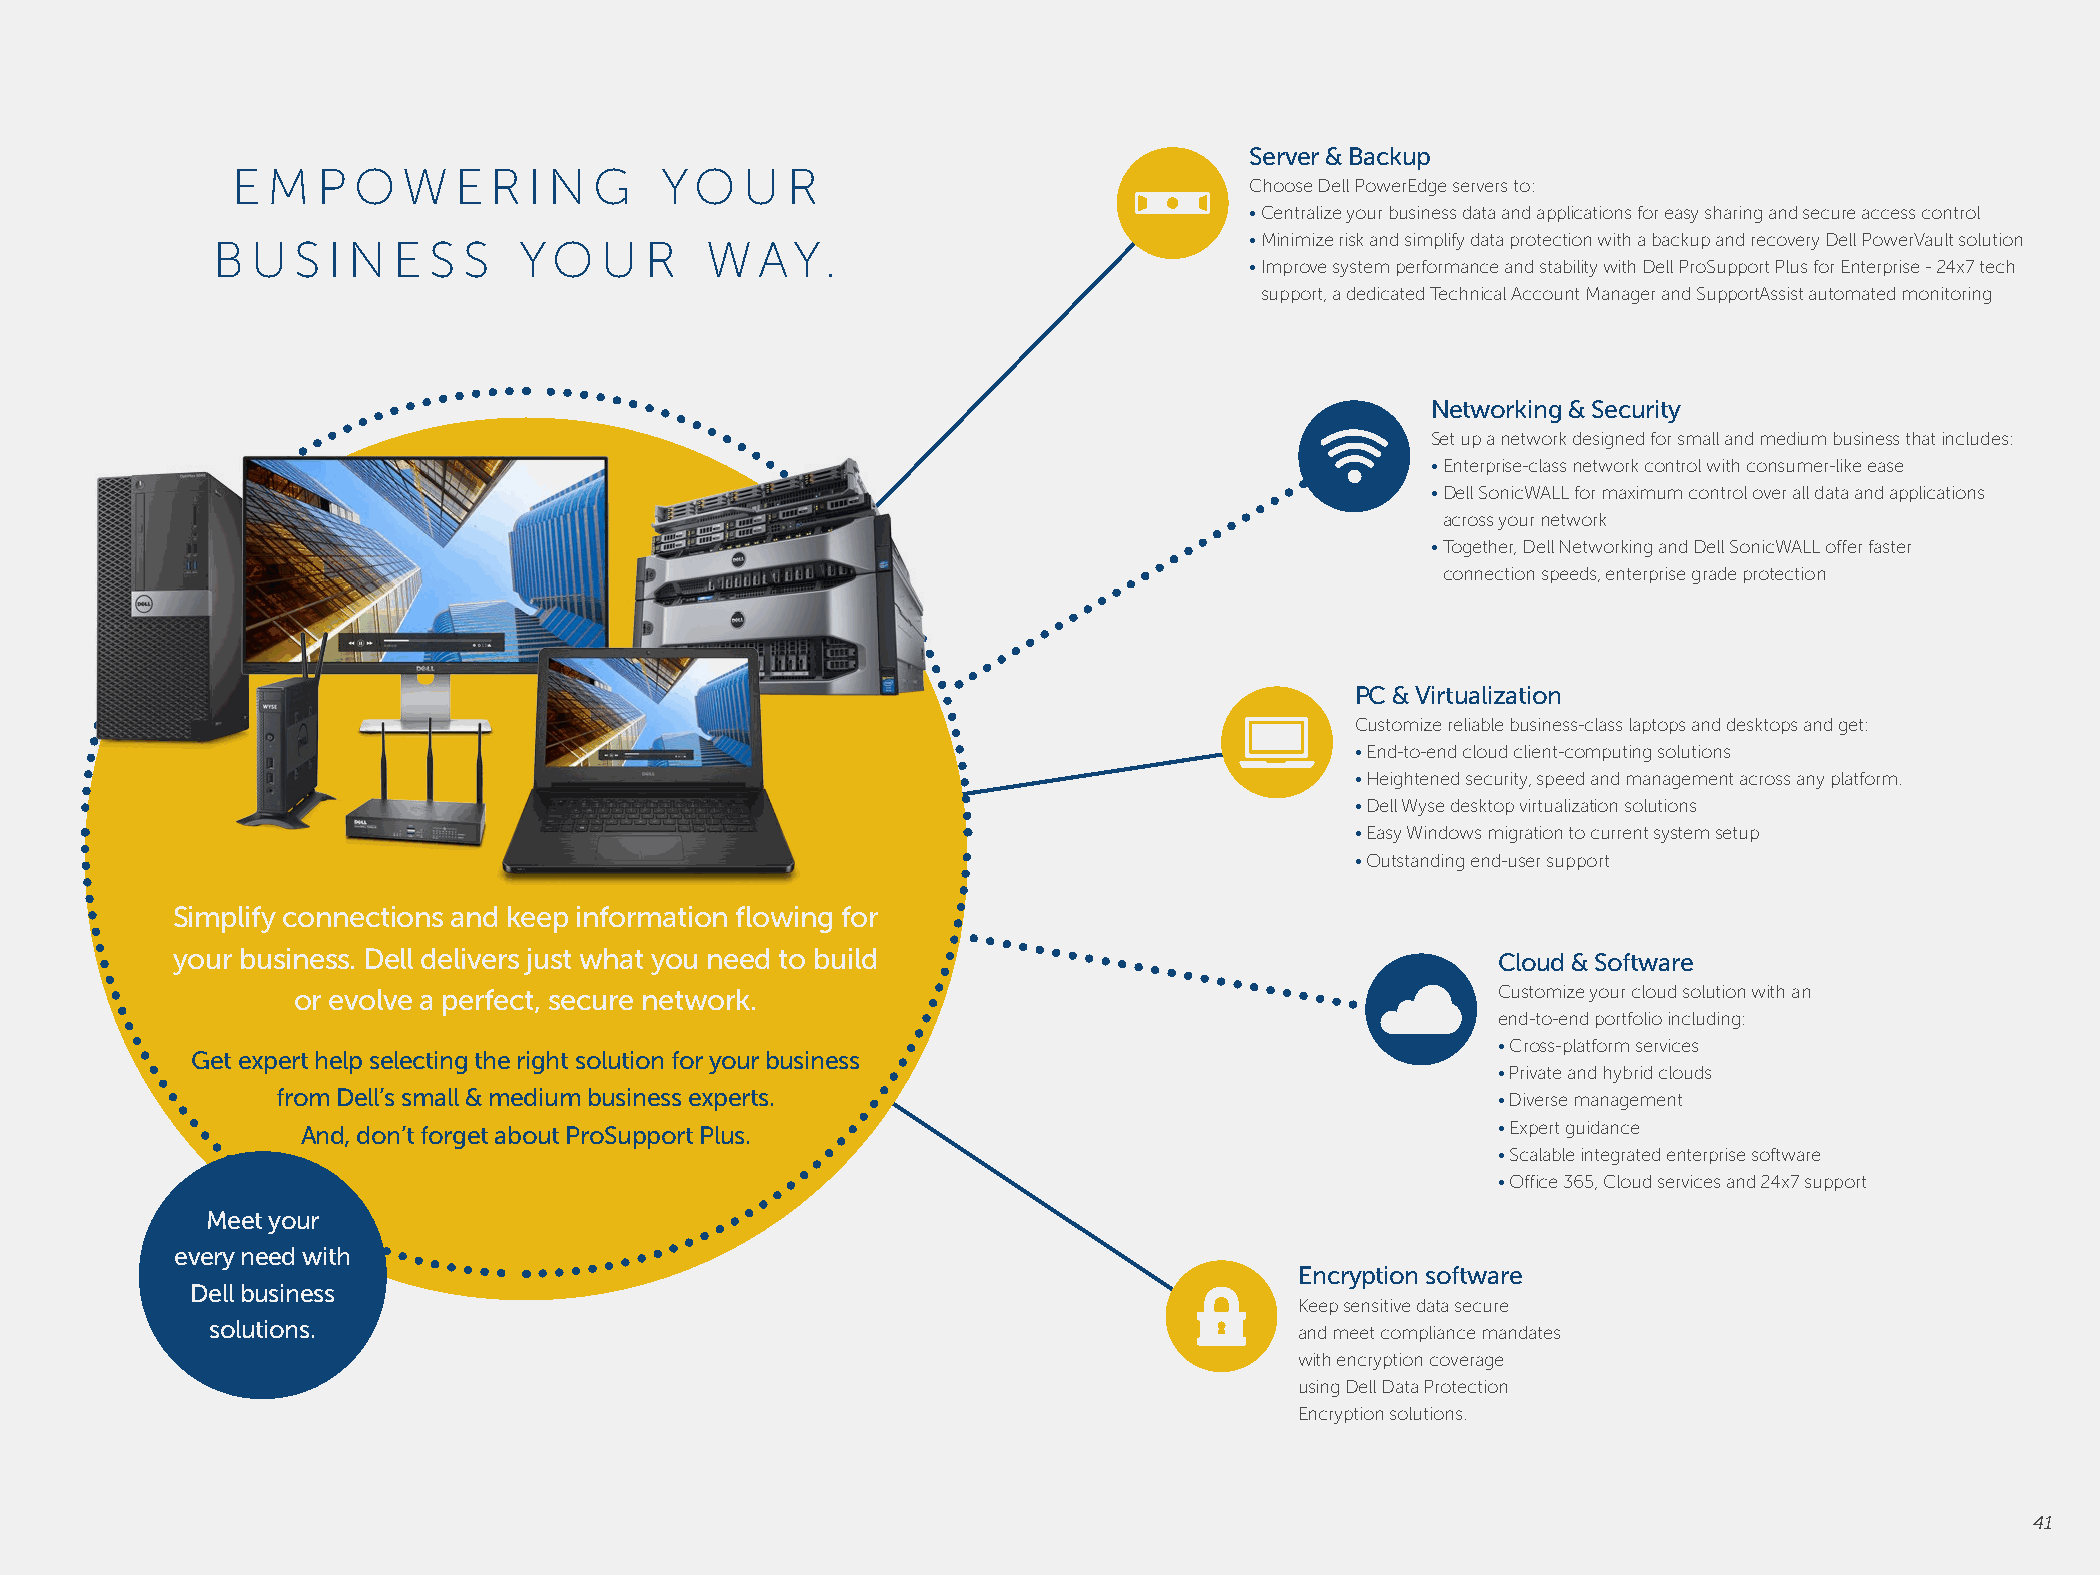
Server & Backup
 E  M  P O   W  E R  I N G    YO   U  R
 Choose Dell PowerEdge servers to:
 • Centralize your business data and applications for easy sharing and secure access control
 B  U  S I N E S  S  YO    U  R   WAY.                                • Minimize risk and simplify data protection with a backup and recovery Dell PowerVault solution
 • Improve system performance and stability with Dell ProSupport Plus for Enterprise - 24x7 tech
 support, a dedicated Technical Account Manager and SupportAssist automated monitoring
 Networking & Security
 Set up a network designed for small and medium business that includes:
 • Enterprise-class network control with consumer-like ease
 • Dell SonicWALL for maximum control over all data and applications
 across your network
 • Together, Dell Networking and Dell SonicWALL offer faster
 connection speeds, enterprise grade protection
 PC & Virtualization
 Customize reliable business-class laptops and desktops and get:
 • E nd-to-end cloud client-computing solutions
 • H eightened security, speed and management across any platform.
 • D ell Wyse desktop virtualization solutions
 • E asy Windows migration to current system setup
 • O utstanding end-user support
 Simplify connections and keep information flowing for
 your business. Dell delivers just what you need to build                                Cloud & Software
 or evolve a perfect, secure network.                                            Customize your cloud solution with an
 end-to-end portfolio including:
 • Cross-platform services
 Get expert help selecting the right solution for your business
 • Private and hybrid clouds
 from Dell’s small & medium business experts.                                     • Diverse management
 And, don’t forget about ProSupport Plus.                                       • Expert guidance
 • Scalable integrated enterprise software
 • Office 365, Cloud services and 24x7 support
 Meet your
 every need with
 Encryption software
 Dell business
 Keep sensitive data secure
 solutions.                                                              and meet compliance mandates
 with encryption coverage
 using Dell Data Protection
 Encryption solutions.
 41